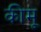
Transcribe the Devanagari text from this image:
कीमू